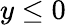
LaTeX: y\le 0